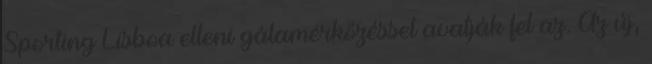
Sporting Lisboa elleni gálamérkőzéssel avatják fel az. Az új,